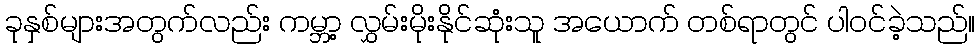
ခုနှစ်များအတွက်လည်း ကမ္ဘာ့ လွှမ်းမိုးနိုင်ဆုံးသူ အယောက် တစ်ရာတွင် ပါဝင်ခဲ့သည်။